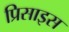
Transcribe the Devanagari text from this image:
प्रिसाइस